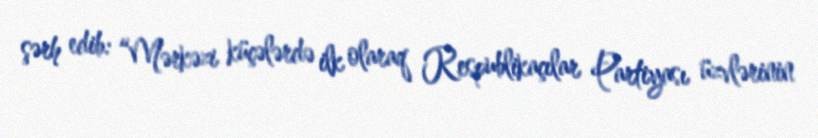
şərh edib: “Mərkəzi küçələrdə ilk olaraq Respublikaçılar Partiyası üzvlərinin